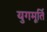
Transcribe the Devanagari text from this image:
युगमूर्ति